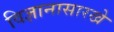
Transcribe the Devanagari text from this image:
विज्ञानासारखे